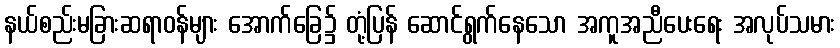
နယ်စည်းမခြားဆရာဝန်များ အောက်ခြေ၌ တုံ့ပြန် ဆောင်ရွက်နေသော အကူအညီပေးရေး အလုပ်သမား